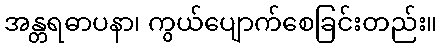
အန္တရဓာပနာ၊ ကွယ်ပျောက်စေခြင်းတည်း။